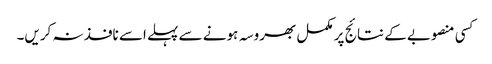
کسی منصوبے کے نتائج پر مکمل بھروسہ ہونے سے پہلے اسے نافذ نہ کریں۔